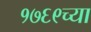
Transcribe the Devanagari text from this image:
१७६९च्या